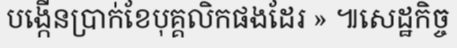
បង្កើនប្រាក់ខែបុគ្គលិកផងដែរ » ៕សេដ្ឋកិច្ច